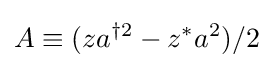
A\equiv (za^{\dagger 2}-z^{*}a^{2})/2